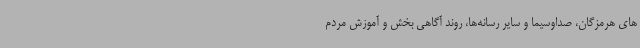
های هرمزگان، صداوسیما و سایر رسانه‌ها، روند آگاهی بخش و آموزش مردم